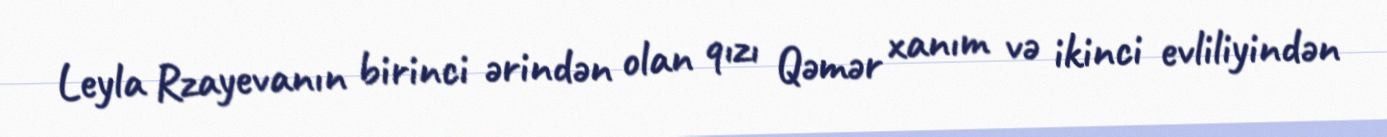
Leyla Rzayevanın birinci ərindən olan qızı Qəmər xanım və ikinci evliliyindən